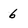
Character: 6